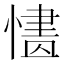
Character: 𢟸